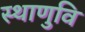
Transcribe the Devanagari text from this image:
स्थाणुवि